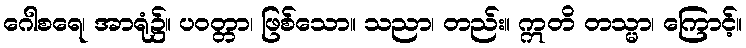
ဂေါစရေ၊ အာရုံ၌။ ပဝတ္တာ၊ ဖြစ်သော။ သညာ၊ တည်း။ ဣတိ တသ္မာ၊ ကြောင့်။